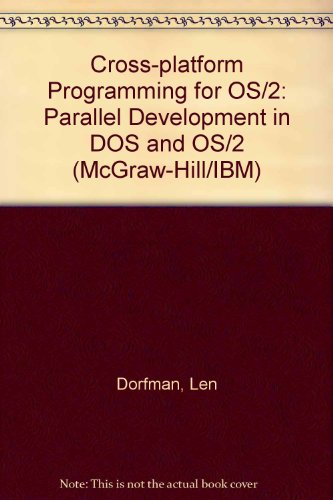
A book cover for Cross-Platform Programming for Os/2: Parallel Development in DOS and Os/2/Book and Disk (McGraw-Hill/IBM); Len Dorfman; Computers & Technology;